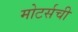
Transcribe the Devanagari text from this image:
मोटर्सची